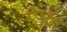
રૂફ